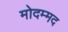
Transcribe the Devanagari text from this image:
मोदम्मद